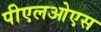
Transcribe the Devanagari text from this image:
पीएलओएस